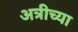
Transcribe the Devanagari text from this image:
अत्रीच्या